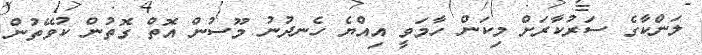
ލަންކާގެ ސަރުކާރަށް މިކަން ހާމަވީ އިއްޔެ ހެނދުނު މޫސުން އޮތް ގޮތުން ކުވޭތުން